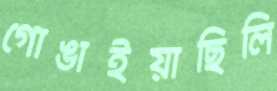
গোঙাইয়াছিলি